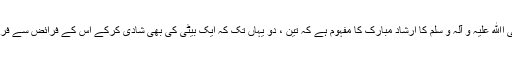
پیغمبر اسلام حضرت محمد مصطفی صلی اﷲ علیہ و آلہٖ و سلم کا ارشاد مبارک کا مفہوم ہے کہ تین ، دو یہاں تک کہ ایک بیٹی کی بھی شادی کرکے اس کے فرائض سے فراغت پانے والا باپ جنت کا مستحق ہے ۔